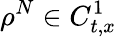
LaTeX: \rho^{N}\in C_{t,x}^{1}